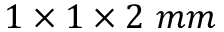
1 \times 1 \times 2 \ m m